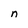
Character: n